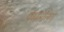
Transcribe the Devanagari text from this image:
पॅरासेलिंग